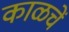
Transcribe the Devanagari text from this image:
काळचें